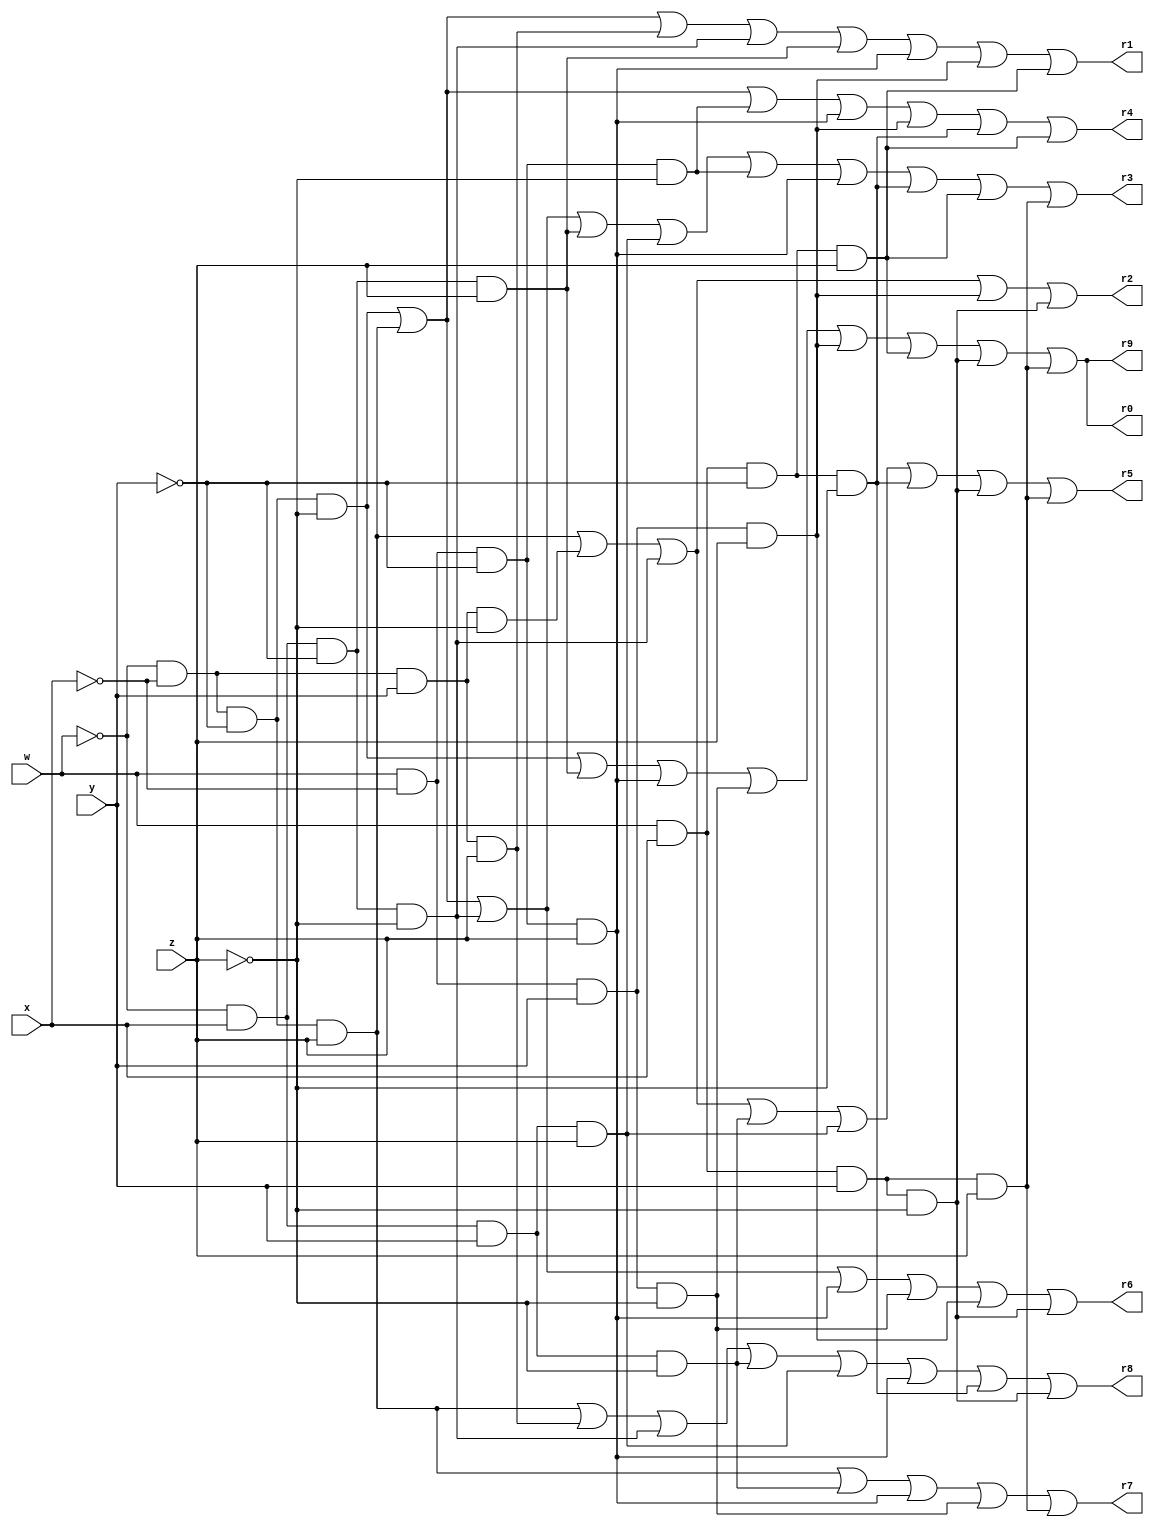
// Software discovery:
// Language: We are using Icarus/iVerilog
// Editor: We are using VSCode 
//----------------------------------------------------------------------
module Breadboard (w, x, y, z, r0, r1, r2, r3, r4, r5, r6, r7, r8, r9);

input w, x, y, z;
output r0, r1, r2, r3, r4, r5, r6, r7, r8, r9;

reg r0, r1, r2, r3, r4, r5, r6, r7, r8, r9,
    minT_0, minT_1, minT_2, minT_3, minT_4, minT_5, 
    minT_6, minT_7, minT_8, minT_9, minT_A, minT_B, 
    minT_C, minT_D, minT_E, minT_F;

wire w, x, y, z;

always @ (w, x, y, z, r0, r1, r2, r3, r4, r5, r6, r7, r8, r9) begin

    minT_0 = (~w & ~x & ~y & ~z);
    minT_1 = (~w & ~x & ~y & z);
    minT_2 = (~w & ~x & y & ~z);
    minT_3 = (~w & ~x & y & z);

    minT_4 = (~w & x & ~y & ~z);
    minT_5 = (~w & x & ~y & z);
    minT_6 = (~w & x & y & ~z);
    minT_7 = (~w & x & y & z);

    minT_8 = (w & ~x & ~y & ~z);
    minT_9 = (w & ~x & ~y & z);
    minT_A = (w & ~x & y & ~z);
    minT_B = (w & ~x & y & z);

    minT_C = (w & x & ~y & ~z);
    minT_D = (w & x & ~y & z);
    minT_E = (w & x & y & ~z);
    minT_F = (w & x & y & z);

    r0 = (minT_0 | minT_5 | minT_9 | minT_A | minT_B | minT_D | minT_E | minT_F);
    r1 = (minT_0 | minT_1 | minT_3 | minT_4 | minT_5 | minT_9 | minT_B | minT_D);
    r2 = (minT_1 | minT_2 | minT_4 | minT_B | minT_E);
    r3 = (minT_0 | minT_1 | minT_4 | minT_5 | minT_7 | minT_8 | minT_9 | minT_C | minT_D | minT_F);
    r4 = (minT_0 | minT_1 | minT_8 | minT_9 | minT_B | minT_C | minT_D);
    r5 = (minT_1 | minT_2 | minT_4 | minT_6 | minT_7 | minT_C | minT_E | minT_F);
    r6 = (minT_0 | minT_1 | minT_4 | minT_9 | minT_A | minT_B | minT_E);
    r7 = (minT_1 | minT_6 | minT_9 | minT_A | minT_F);
    r8 = (minT_1 | minT_3 | minT_4 | minT_6 | minT_7 | minT_9 | minT_C | minT_E);
    r9 = (minT_0 | minT_5 | minT_9 | minT_A | minT_B | minT_D | minT_E | minT_F);

end
endmodule

// Software discovery:
// Language: We are using Icarus/iVerilog
// Editor: We are using VSCode 
//----------------------------------------------------------------------
module testbench();

// inputs
reg [4:0] i;
reg w;
reg x;
reg y;
reg z;

// outputs
wire f0, f1, f2, f3, f4, f5, f6, f7, f8, f9;

Breadboard bb8(w, x, y, z, f0, f1, f2, f3, f4, f5, f6, f7, f8, f9);

initial begin
    $display ("| ## | W | X | Y | Z | F0 | F1 | F2 | F3 | F4 | F5 | F6 | F7 | F8 | F9 |");
    $display ("|====+===+===+===+===+====+====+====+====+====+====+====+====+====+====+");

    for (i = 0; i < 16; i++) begin
        w = (i / 8) % 2; //High bit
		x = (i / 4) % 2;
		y = (i / 2) % 2;
		z = (i / 1) % 2; //Low bit	

        #20;

        $display ("|%4d|%3d|%3d|%3d|%3d| %3d| %3d| %3d| %3d| %3d| %3d| %3d| %3d| %3d| %3d|", 
                    i, w, x, y, z, f0, f1, f2, f3, f4, f5, f6, f7, f8, f9);

		if (i % 4 == 3) //Every fourth row of the table, put in a marker for easier reading.
		  $write ("|----+---+---+---+---+----+----+----+----+----+----+----+----+----+----+\n");
          
    end

    #20;
    $finish;

end
endmodule